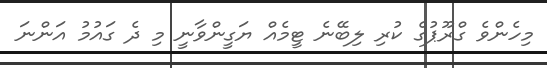
މިހެންވެ ގްރޫޕުގެ ކުރި ލިބޭނެ ޓީމެއް ޔަގީންވާނީ މި ދެ ގައުމު އަންނަ